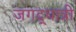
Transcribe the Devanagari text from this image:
जगद्‌धात्री